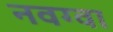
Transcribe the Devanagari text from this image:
नवग्वा